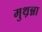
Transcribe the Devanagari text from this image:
मुथ़न्ना